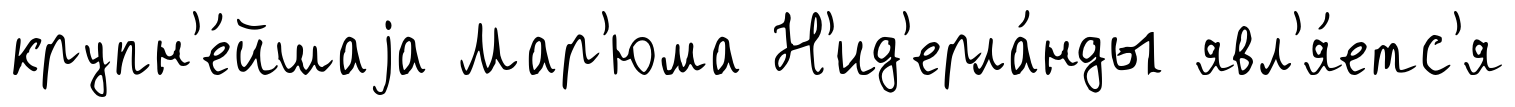
крупн'е́йшаjа Мар'юма Н'ид'ерла́нды явл'я́етс'я